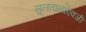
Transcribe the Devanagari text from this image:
सुलतानाऐवजी